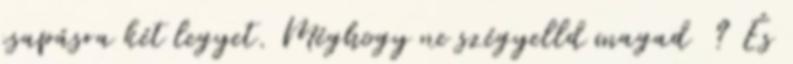
csapásra két legyet. Méghogy ne szégyelld magad ? És